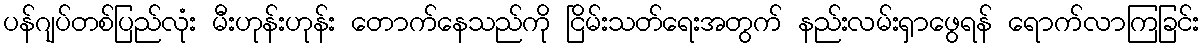
ပန်ဂျပ်တစ်ပြည်လုံး မီးဟုန်းဟုန်း တောက်နေသည်ကို ငြိမ်းသတ်ရေးအတွက် နည်းလမ်းရှာဖွေရန် ရောက်လာကြခြင်း